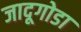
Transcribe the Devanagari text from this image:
जादूगोडा